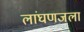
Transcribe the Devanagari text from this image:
लांघणजला